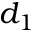
d _ { 1 }